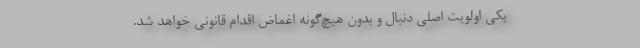
یکی اولویت اصلی دنبال و بدون هیچ‌گونه اغماض اقدام قانونی خواهد شد.